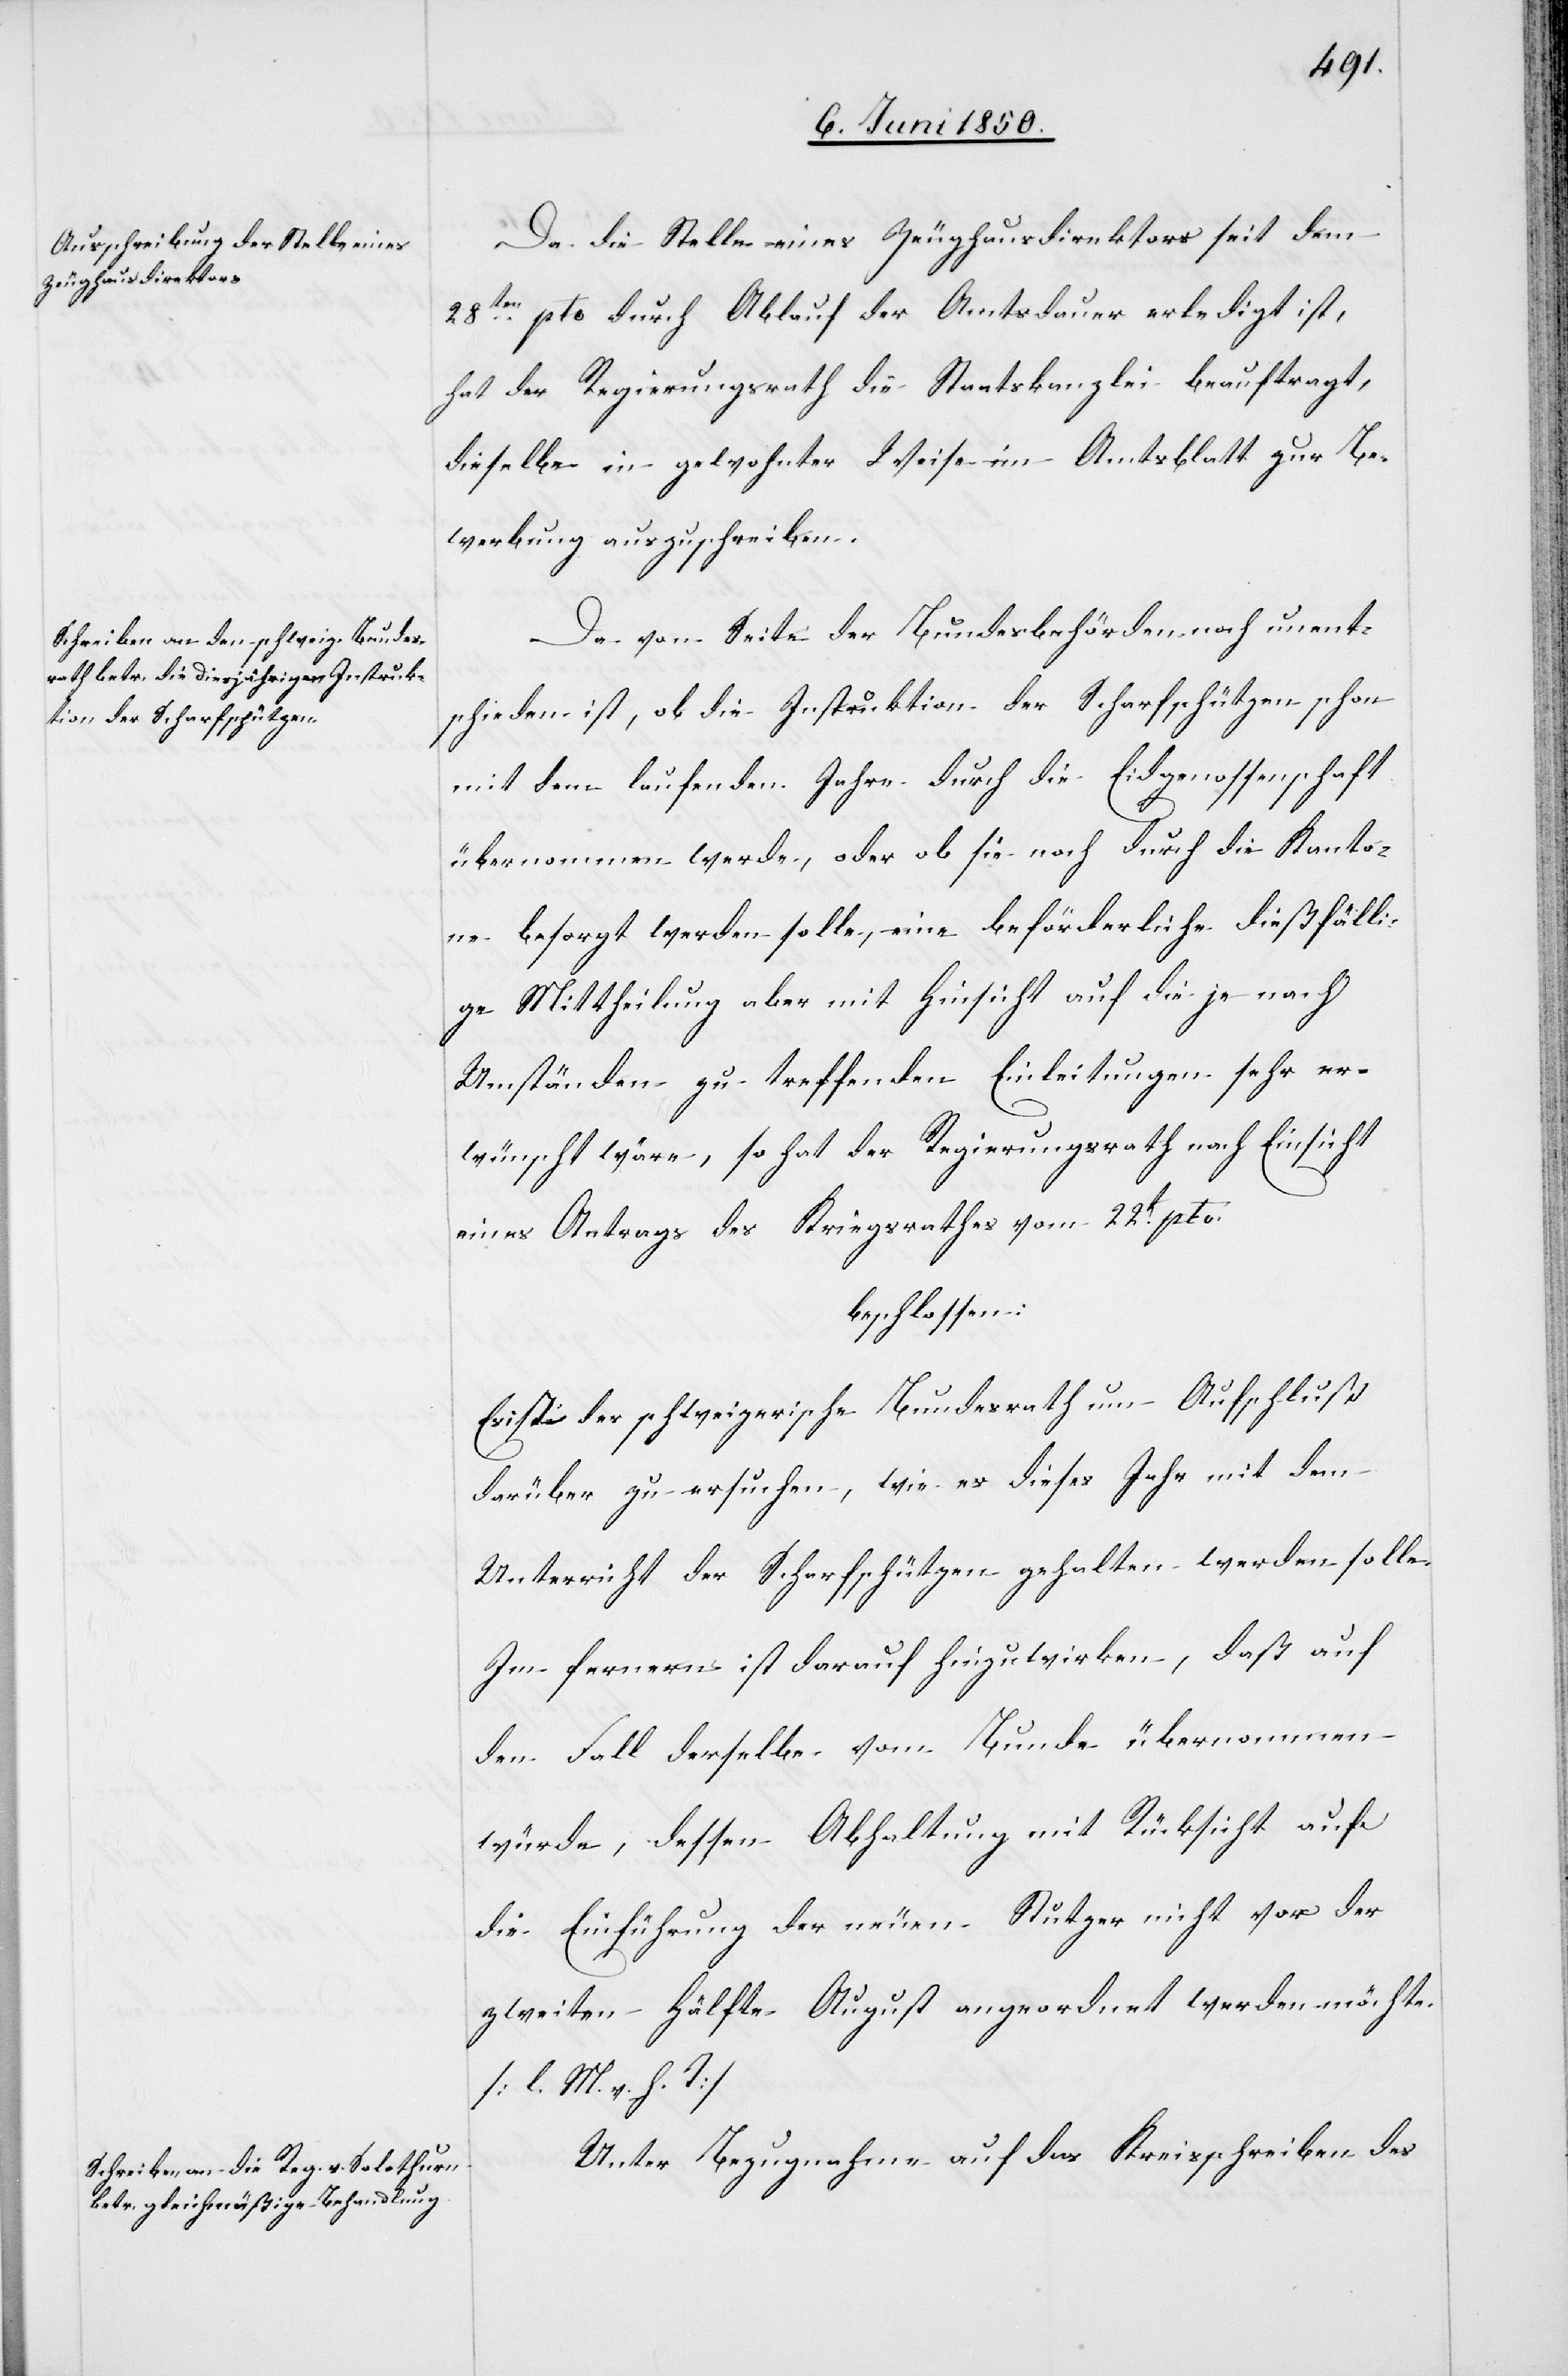
Da die Stelle eines Zeughausdirektors seit dem
28ten pto durch Ablauf der Amtsdauer erledigt ist,
hat der Regierungsrath die Staatskanzlei beauftragt,
dieselbe in gewohnter Weise im Amtsblatt zur Be¬
werbung auszuschreiben.
Da von Seite der Bundesbehörden noch unent¬
schieden ist, ob die Instruktion der Scharfschützen schon
mit dem laufenden Jahre durch die Eidgenossenschaft
übernommen werde, oder ob sie noch durch die Kanto¬
ne besorgt werden solle, eine beförderliche dießfälli¬
ge Mittheilung aber mit Hinsicht auf die je nach
Umständen zu treffenden Einleitungen sehr er¬
wünscht wäre, so hat der Regierungsrath nach Einsicht
eines Antrags des Kriegsrathes vom 22t pto.
beschlossen:
Es ist der schweizerische Bundesrath um Aufschluß
darüber zu ersuchen, wie es dieses Jahr mit dem
Unterricht der Scharfschützen gehalten werden solle.
Im fernern ist darauf hinzuwirken, daß auf
den Fall derselbe vom Bunde übernommen
würde, dessen Abhaltung mit Rücksicht auf
die Einführung der neuen Stutzer nicht vor der
zweiten Hälfte August angeordnet werden möchte.
[l. M. v. h. T]
Unter Bezugnahme auf das Kreisschreiben des